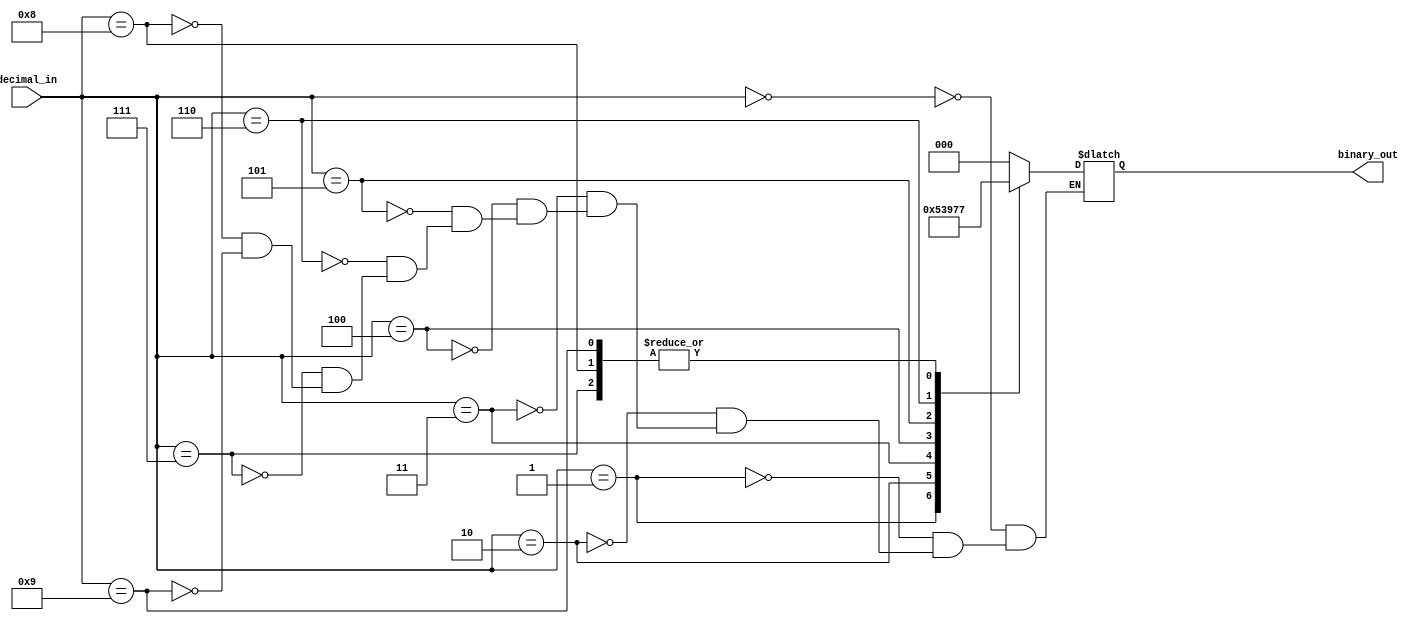
module priority_encoder(input [3:0] decimal_in, output [2:0] binary_out);

    always @ (*)
    begin
        case(decimal_in)
            4'd0: binary_out = 3'b000;
            4'd1: binary_out = 3'b001;
            4'd2: binary_out = 3'b010;
            4'd3: binary_out = 3'b011;
            4'd4: binary_out = 3'b100;
            4'd5: binary_out = 3'b101;
            4'd6: binary_out = 3'b110;
            4'd7: binary_out = 3'b111;
            4'd8: binary_out = 3'b111; // if the highest priority is 8 or 9, output 111
            4'd9: binary_out = 3'b111;
        endcase
    end

endmodule